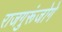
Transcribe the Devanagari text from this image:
राजगुरूंजोगे